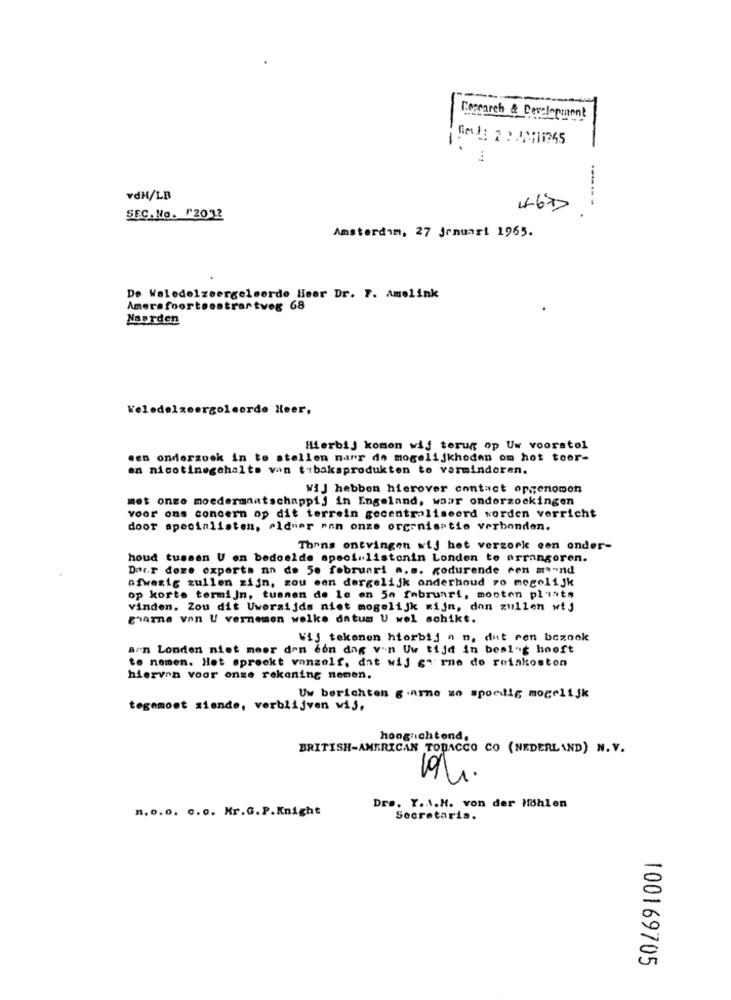
Research & Development
vdH/LB
------ -
467
SEC. No. "2012
Amsterdam, 27 Januari 1965.
De Waledelzeergeleerde Heer Dr. F. Amelink
Amersfoortsostrartveg 68
Naprden
Weledelzeergoleorde Heer,
Hierbij komon wij terug op Uw voorstel
.en onderzoek in to stellen narr de mogelijkheden om hot toor-
en nicotinegehalts van tibakaprodukten to verminderen.
WIJ hebben hierover contact opgenomen
met onze moedermaatschappij in Engeland, waar onderzoekingen
voor ons concern op dit terrein gecentraliseerd worden verricht
door specialisten, eldner nan onze organisatie verbonden.
Thans ontvingen wij het verzork een onder-
houd tussen U on bedoelde spsof listonin Londen to arrangeren.
Dar.r deze experts nn de 5e februari a.s. Kodurende een ma-nd
afwezig zullen zijn, zou een dergelijk onderhoud ro mogelijk
op korte termijn, tussen de le en ja februari, mooten plasts
vinden. Zou dit Uweraijds niet mogelijk mijn, dan zullen wij
gharne van U vernemen welke datum U wel schikt.
Wij tekenen hierbij a n, dut ren bezoek
ann Londen niet meer dan con dag v'n Uw tijd in beslag hooft
to nomen. Het spreekt vanzelf, dat wij garne do reiskosten
hiervon voor onze rekening nemen.
Uw berichten garne zo spoedig mogelijk
tegemoet siende, verblijven wij,
hoognichtond.
BRITISH-AMERICAN TOBACCO CO (NEDERLAND) N. V.
n. o. o. c. o. Mr.G.P.Knight
Dre. Y.A.M. von der Höhlen
Secretaria.
100169705